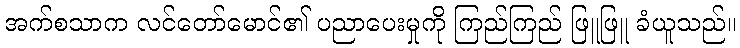
အက်စသာက လင်တော်မောင်၏ ပညာပေးမှုကို ကြည်ကြည် ဖြူဖြူ ခံယူသည်။